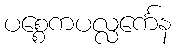
ပစ္စေကပလ္လင်္ကေန